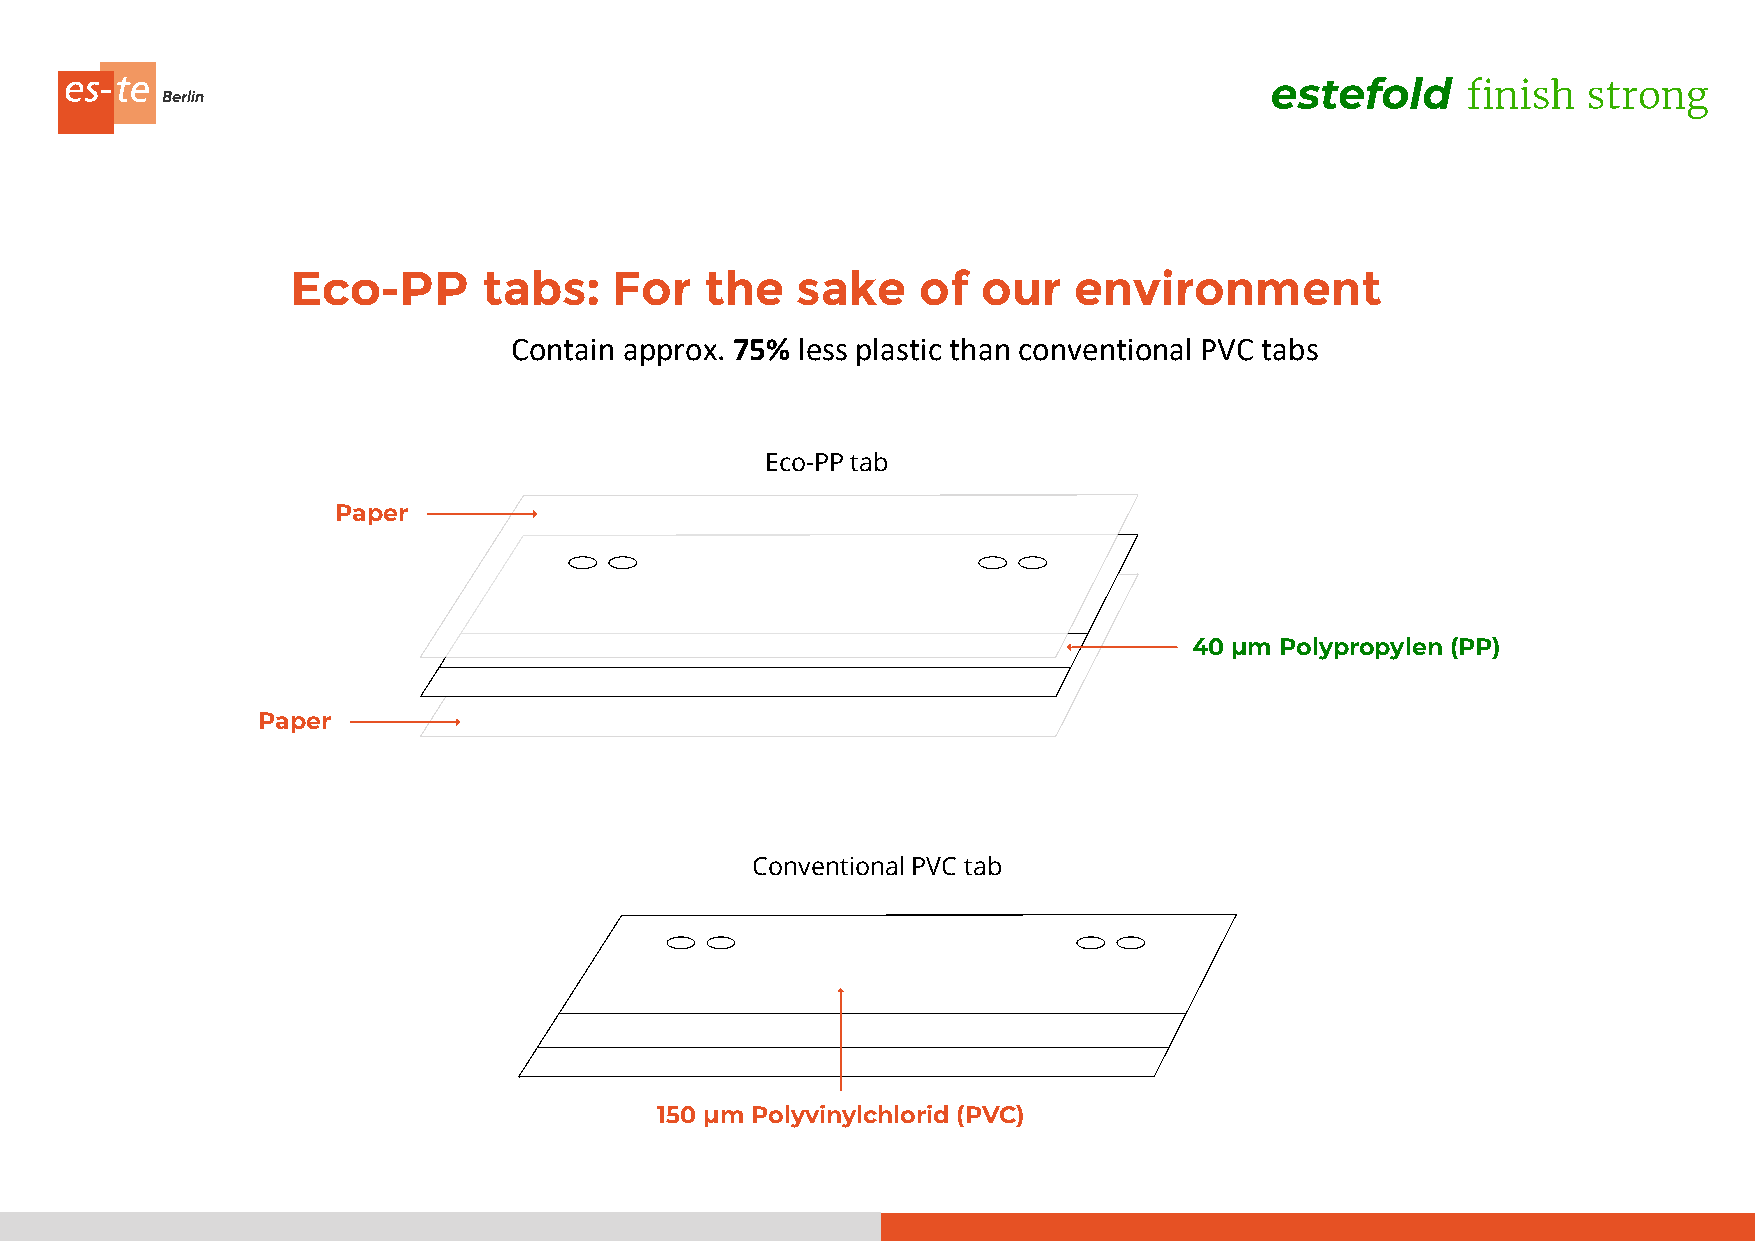
Eco-PP       tabs:    For   the   sake    of  our   environment
 Contain approx. 75% less plastic than conventional PVC tabs
 Eco-PP tab
 Paper
 40 µm Polypropylen (PP)
 Paper
 Conventional PVC tab
 150 µm Polyvinylchlorid (PVC)